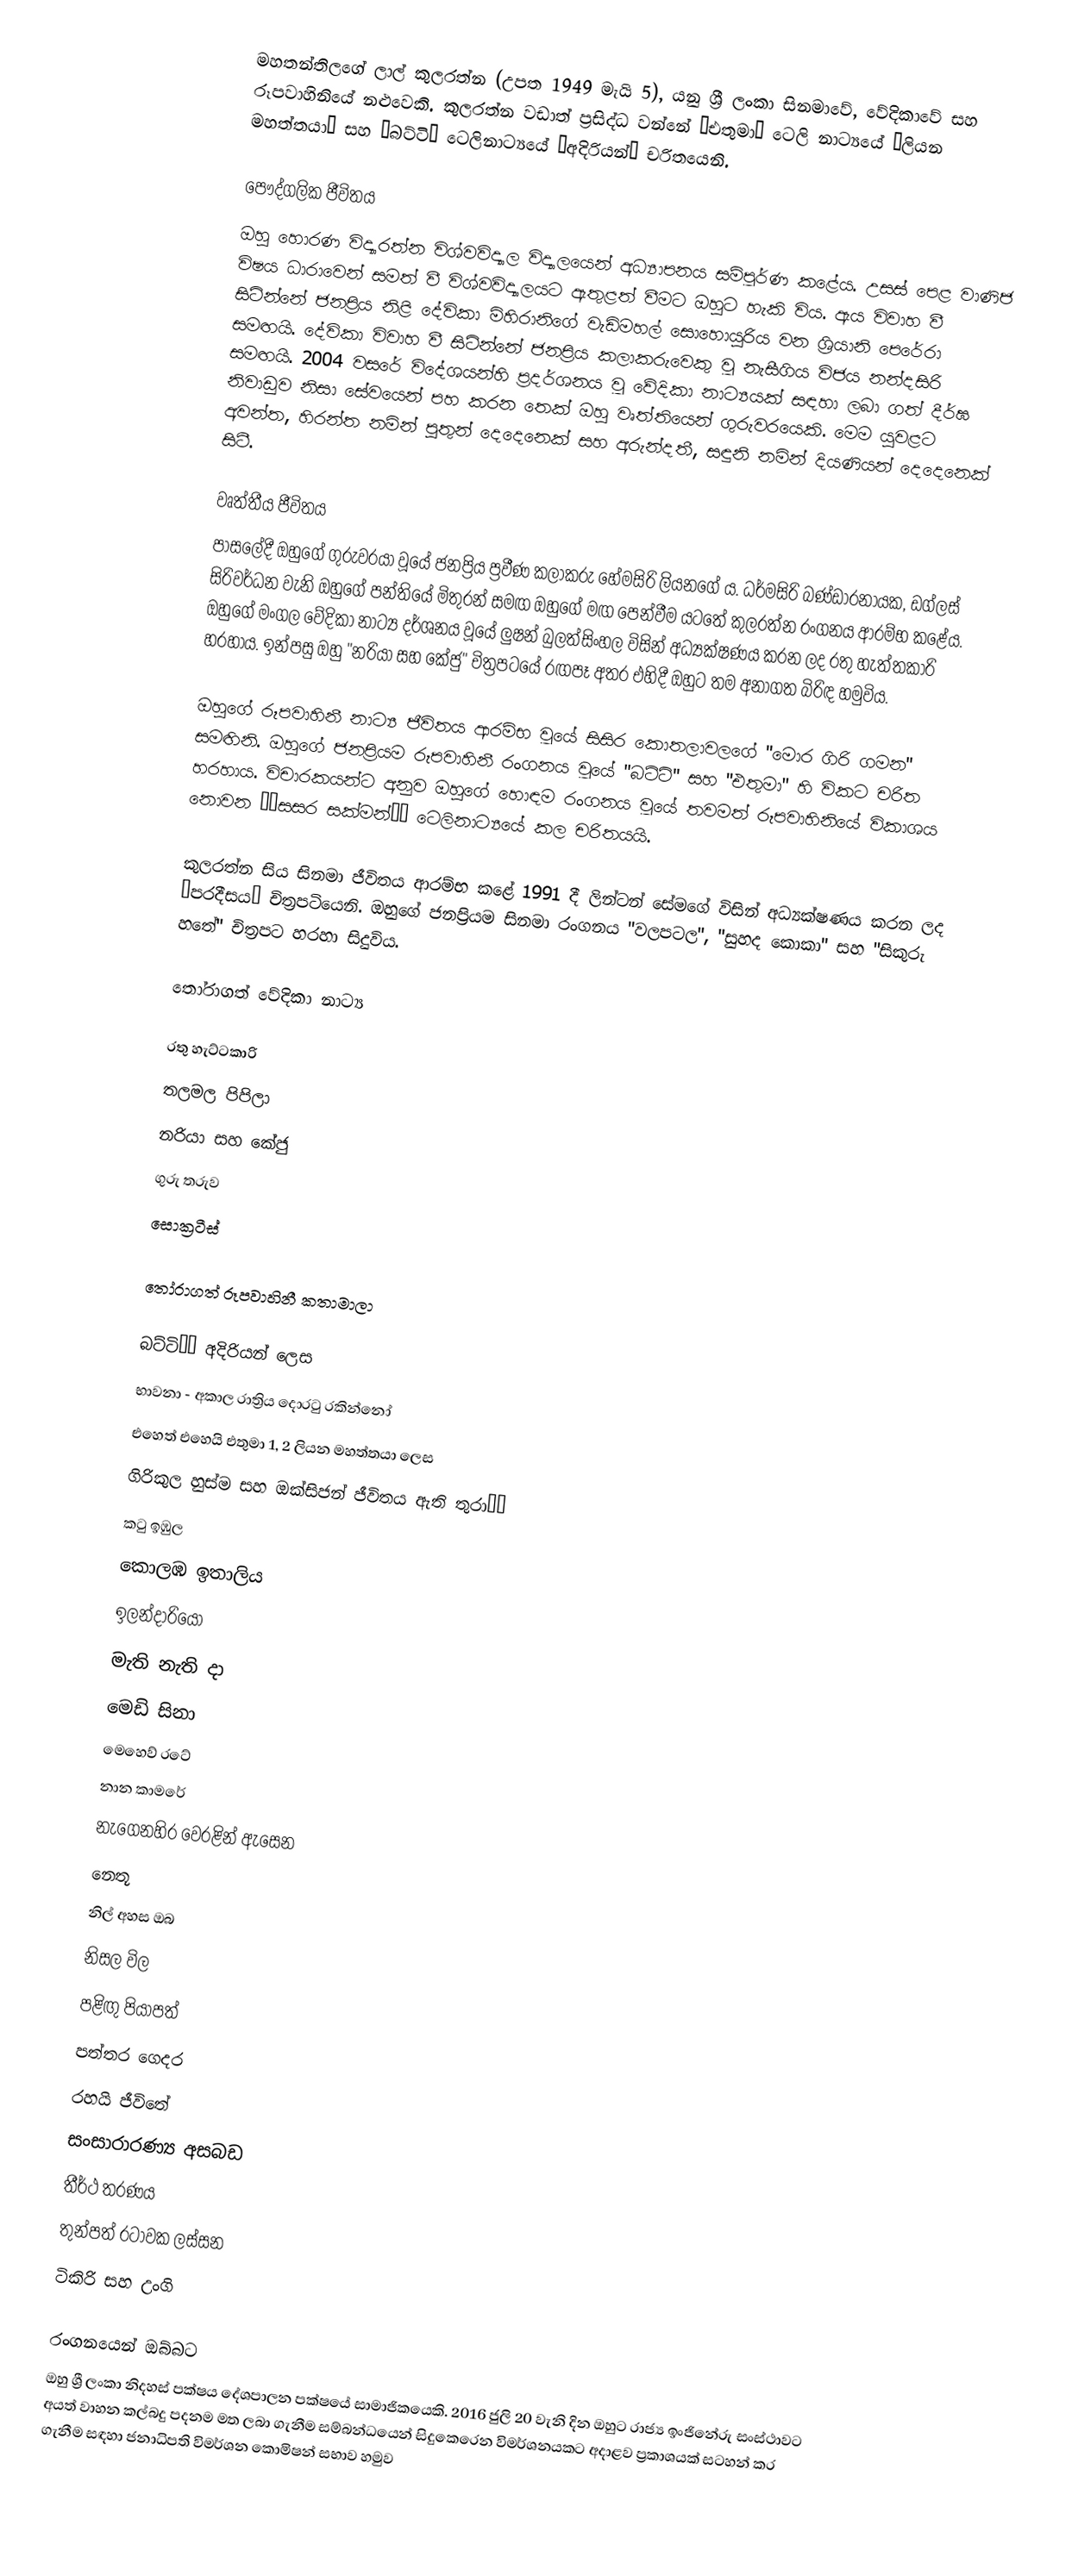
මහතන්තිලගේ ලාල් කුලරත්න (උපත 1949 මැයි 5), යනු ශ්‍රී ලංකා සිනමාවේ, වේදිකාවේ සහ රූපවාහිනියේ නළුවෙකි. කුලරත්න වඩාත් ප්‍රසිද්ධ වන්නේ “එතුමා” ටෙලි නාට්‍යයේ “ලියන මහත්තයා” සහ “බට්ටි” ටෙලිනාට්‍යයේ “අදිරියන්” චරිතයෙනි.

පෞද්ගලික ජීවිතය
ඔහු හොරණ විද්‍යාරත්න විශ්වවිද්‍යාල විද්‍යාලයෙන් අධ්‍යාපනය සම්පූර්ණ කළේය. උසස් පෙළ වාණිජ විෂය ධාරාවෙන් සමත් වී විශ්වවිද්‍යාලයට ඇතුළත් වීමට ඔහුට හැකි විය. ඇය විවාහ වී සිටින්නේ ජනප්‍රිය නිළි දේවිකා මිහිරානිගේ වැඩිමහල් සොහොයුරිය වන ශ්‍රියානි පෙරේරා සමඟයි. දේවිකා විවාහ වී සිටින්නේ ජනප්‍රිය කලාකරුවෙකු වූ නැසීගිය විජය නන්දසිරි සමඟයි. 2004 වසරේ විදේශයන්හි ප්‍රදර්ශනය වූ වේදිකා නාට්‍යයක් සඳහා ලබා ගත් දීර්ඝ නිවාඩුව නිසා සේවයෙන් පහ කරන තෙක් ඔහු වෘත්තියෙන් ගුරුවරයෙකි. මෙම යුවළට අවන්ත, හිරන්ත නමින් පුතුන් දෙදෙනෙක් සහ අරුන්දතී, සඳුනි නමින් දියණියන් දෙදෙනෙක් සිටී.

වෘත්තීය ජීවිතය
පාසලේදී ඔහුගේ ගුරුවරයා වූයේ ජනප්‍රිය ප්‍රවීණ කලාකරු හේමසිරි ලියනගේ ය. ධර්මසිරි බණ්ඩාරනායක, ඩග්ලස් සිරිවර්ධන වැනි ඔහුගේ පන්තියේ මිතුරන් සමඟ ඔහුගේ මඟ පෙන්වීම යටතේ කුලරත්න රංගනය ආරම්භ කළේය. ඔහුගේ මංගල වේදිකා නාට්‍ය දර්ශනය වූයේ ලුෂන් බුලත්සිංහල විසින් අධ්‍යක්ෂණය කරන ලද රතු හැත්තකාරි හරහාය. ඉන්පසු ඔහු "නරියා සහ කේජු" චිත්‍රපටයේ රඟපෑ අතර එහිදී ඔහුට තම අනාගත බිරිඳ හමුවිය.

ඔහුගේ රූපවාහිනී නාට්‍ය ජීවිතය ආරම්භ වූයේ සිසිර කොතලාවලගේ "මොර ගිරි ගමන" සමඟිනි. ඔහුගේ ජනප්‍රියම රූපවාහිනී රංගනය වූයේ "බට්ටි" සහ "එතුමා" හි විකට චරිත හරහාය. විචාරකයන්ට අනුව ඔහුගේ හොඳම රංගනය වූයේ තවමත් රූපවාහිනියේ විකාශය නොවන ‘‘සසර සක්මන්’’ ටෙලිනාට්‍යයේ කල චරිතයයි.

කුලරත්න සිය සිනමා ජීවිතය ආරම්භ කළේ 1991 දී ලින්ටන් සේමගේ විසින් අධ්‍යක්ෂණය කරන ලද “පරදීසය” චිත්‍රපටියෙනි. ඔහුගේ ජනප්‍රියම සිනමා රංගනය "වලපටල", "සුහද කොකා" සහ "සිකුරු හතේ" චිත්‍රපට හරහා සිදුවිය.

තෝරාගත් වේදිකා නාට්‍ය

 රතු හැට්ටකාරි
 තලමල පිපිලා
 නරියා සහ කේජු
 ගුරු තරුව
 සොක්‍රටීස්

තෝරාගත් රූපවාහිනී කතාමාලා

 බට්ටි’’ අදිරියන් ලෙස
 භාවනා - අකාල රාත්‍රිය දොරටු රකින්නෝ
 එහෙත් එහෙයි එතුමා 1, 2 ලියන මහත්තයා ලෙස
 ගිරිකුල හුස්ම සහ ඔක්සිජන් ජීවිතය ඇති තුරා’’
 කටු ඉඹුල
 කොලඹ ඉතාලිය
 ඉලන්දාරියෝ
 මැති නැති දා
 මෙඩි සිනා
 මෙහෙව් රටේ
 නාන කාමරේ
 නැගෙනහිර වෙරළින් ඇසෙන
 නෙතූ
 නිල් අහස ඔබ
 නිසල විල
 පළිඟු පියාපත්
 පත්තර ගෙදර
 රහයි ජීවිතේ
 සංසාරාරණ්‍ය අසබඩ
 තීර්ථ තරණය
 තුන්පත් රටාවක ලස්සන
 ටිකිරි සහ උංගි

රංගනයෙන් ඔබ්බට
ඔහු ශ්‍රී ලංකා නිදහස් පක්ෂය දේශපාලන පක්ෂයේ සාමාජිකයෙකි. 2016 ජුලි 20 වැනි දින ඔහුට රාජ්‍ය ඉංජිනේරු සංස්ථාවට අයත් වාහන කල්බදු පදනම මත ලබා ගැනීම සම්බන්ධයෙන් සිදුකෙරෙන විමර්ශනයකට අදාළව ප්‍රකාශයක් සටහන් කර ගැනීම සඳහා ජනාධිපති විමර්ශන කොමිෂන් සභාව හමුව